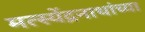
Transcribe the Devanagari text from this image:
मत्स्येंद्रनाथांच्या